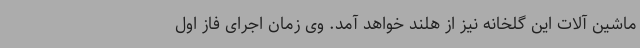
ماشین آلات این گلخانه نیز از هلند خواهد آمد. وی زمان اجرای فاز اول